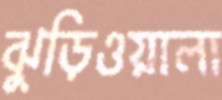
ঝুড়িওয়ালা